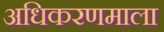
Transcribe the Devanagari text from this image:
अधिकरणमाला